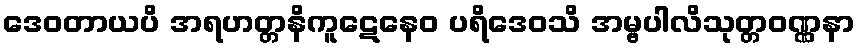
ဒေဝတာယပိ အရဟတ္တနိကူဋေနေဝ ပရိဒေဝသိ အမ္ဗပါလိသုတ္တဝဏ္ဏနာ